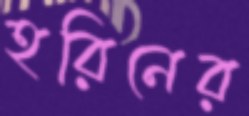
হরিনের